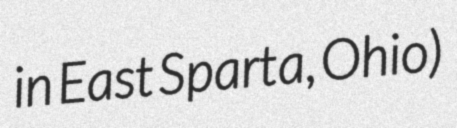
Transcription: in East Sparta, Ohio)